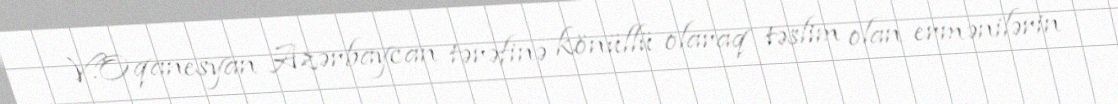
V.Oqanesyan Azərbaycan tərəfinə könüllü olaraq təslim olan ermənilərin